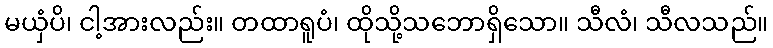
မယှံပိ၊ ငါ့အားလည်း။ တထာရူပံ၊ ထိုသို့သဘောရှိသော။ သီလံ၊ သီလသည်။